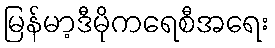
မြန်မာ့ဒီမိုကရေစီအရေး